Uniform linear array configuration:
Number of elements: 24
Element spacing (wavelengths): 0.25
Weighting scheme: uniform
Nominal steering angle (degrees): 15
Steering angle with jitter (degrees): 15.972
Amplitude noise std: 0.05
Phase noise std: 0.05

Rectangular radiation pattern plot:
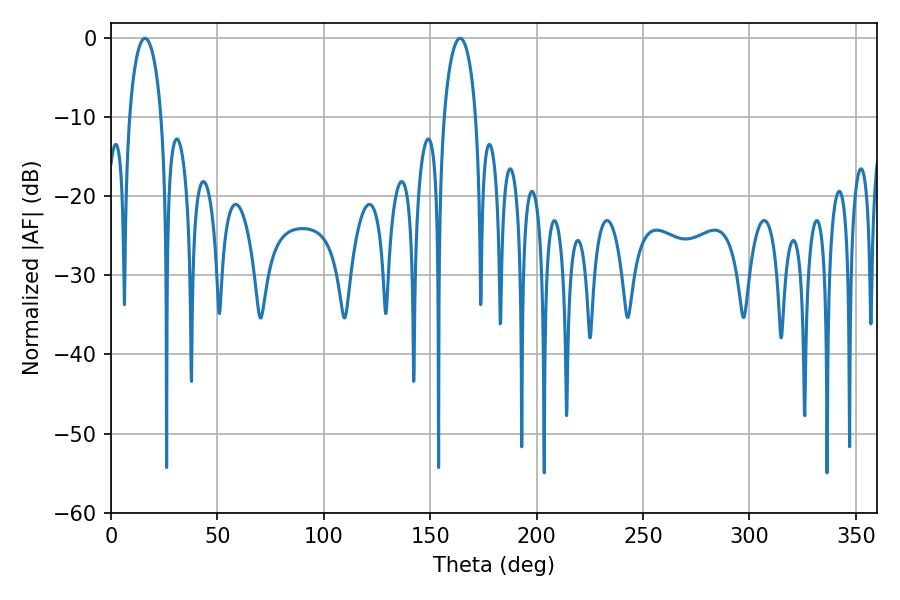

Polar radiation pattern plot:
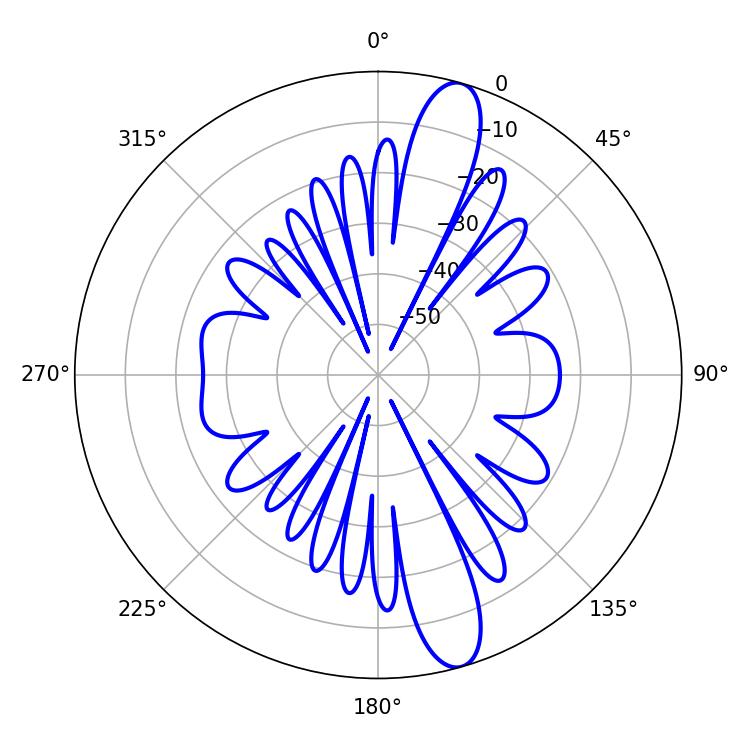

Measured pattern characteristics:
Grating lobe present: FALSE
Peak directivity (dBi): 13.34
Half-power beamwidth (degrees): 8.64
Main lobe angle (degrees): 16.02